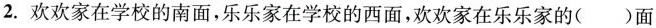
2. 欢欢家在学校的南面，乐乐家在学校的西面，欢欢家在乐乐家的()面。